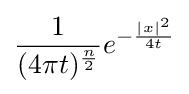
{\frac {1}{(4\pi t)^{\frac {n}{2}}}}e^{-{\frac {|x|^{2}}{4t}}}